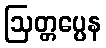
ဩတ္တပ္ပေန